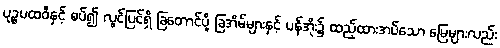
ပုဉ္ဇပထဝီနှင့် စပ်၍ လွင်ပြင်ရှိ ခြတောင်ပို့ ခြအိမ်များနှင့် ပန်အိုး၌ ထည့်ထားအပ်သော မြေများလည်း